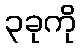
၃ခုကို